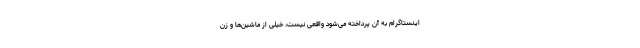
اینستاگرام به آن پرداخته می‌شود واقعی نیست، خیلی از ماشین‌ها و زن